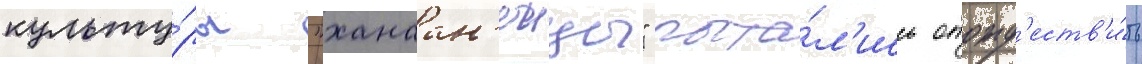
культу́ры "ханаан'еицы" пыта́л'ись отожд'еств'и́ть